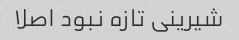
شیرینی تازه نبود اصلا